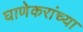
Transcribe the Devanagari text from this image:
घाणेकरांच्या